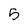
Character: 5